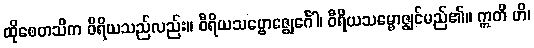
ထိုစေတသိက ဝီရိယသည်လည်း။ ဝီရိယသမ္ဗောဇ္ဈေင်္ဂေါ၊ ဝီရိယသမ္ဗောဇ္ဈင်မည်၏။ ဣတိ ဟိ၊